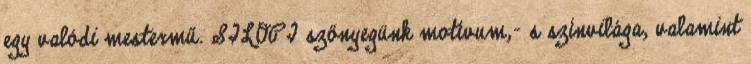
egy valódi mestermű. SILOPI szőnyegünk motívum,- s színvilága, valamint